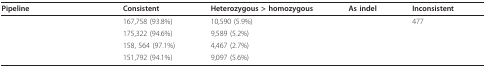
<table><thead><tr><td><b>Pipeline</b></td><td><b>Consistent</b></td><td><b>Heterozygous &gt; homozygous</b></td><td><b>As indel</b></td><td><b>Inconsistent</b></td></tr></thead><tbody><tr><td>[EMPTY_CELL]</td><td>167,758 (93.8%)</td><td>10,590 (5.9%)</td><td>[EMPTY_CELL]</td><td>477</td></tr><tr><td>[EMPTY_CELL]</td><td>175,322 (94.6%)</td><td>9,589 (5.2%)</td><td>[EMPTY_CELL]</td><td>[EMPTY_CELL]</td></tr><tr><td>[EMPTY_CELL]</td><td>158, 564 (97.1%)</td><td>4,467 (2.7%)</td><td>[EMPTY_CELL]</td><td>[EMPTY_CELL]</td></tr><tr><td>[EMPTY_CELL]</td><td>151,792 (94.1%)</td><td>9,097 (5.6%)</td><td>[EMPTY_CELL]</td><td>[EMPTY_CELL]</td></tr></tbody></table>